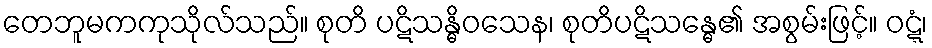
တေဘူမကကုသိုလ်သည်။ စုတိ ပဋိသန္ဓိဝသေန၊ စုတိပဋိသန္ဓေ၏ အစွမ်းဖြင့်။ ဝဋ္ဋံ၊